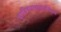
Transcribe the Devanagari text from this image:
याविषयासंदर्भातील